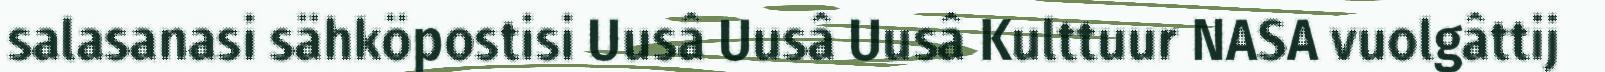
salasanasi sähköpostisi Uusâ Uusâ Uusâ Kulttuur NASA vuolgâttij